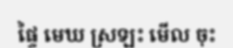
ផ្ទៃ មេឃ ស្រឡះ មើល ចុះ